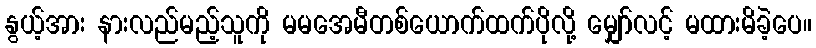
နွယ့်အား နားလည်မည့်သူကို မမအေမီတစ်ယောက်ထက်ပိုလို့ မျှော်လင့် မထားမိခဲ့ပေ။